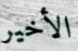
الأخير